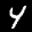
Label: 4